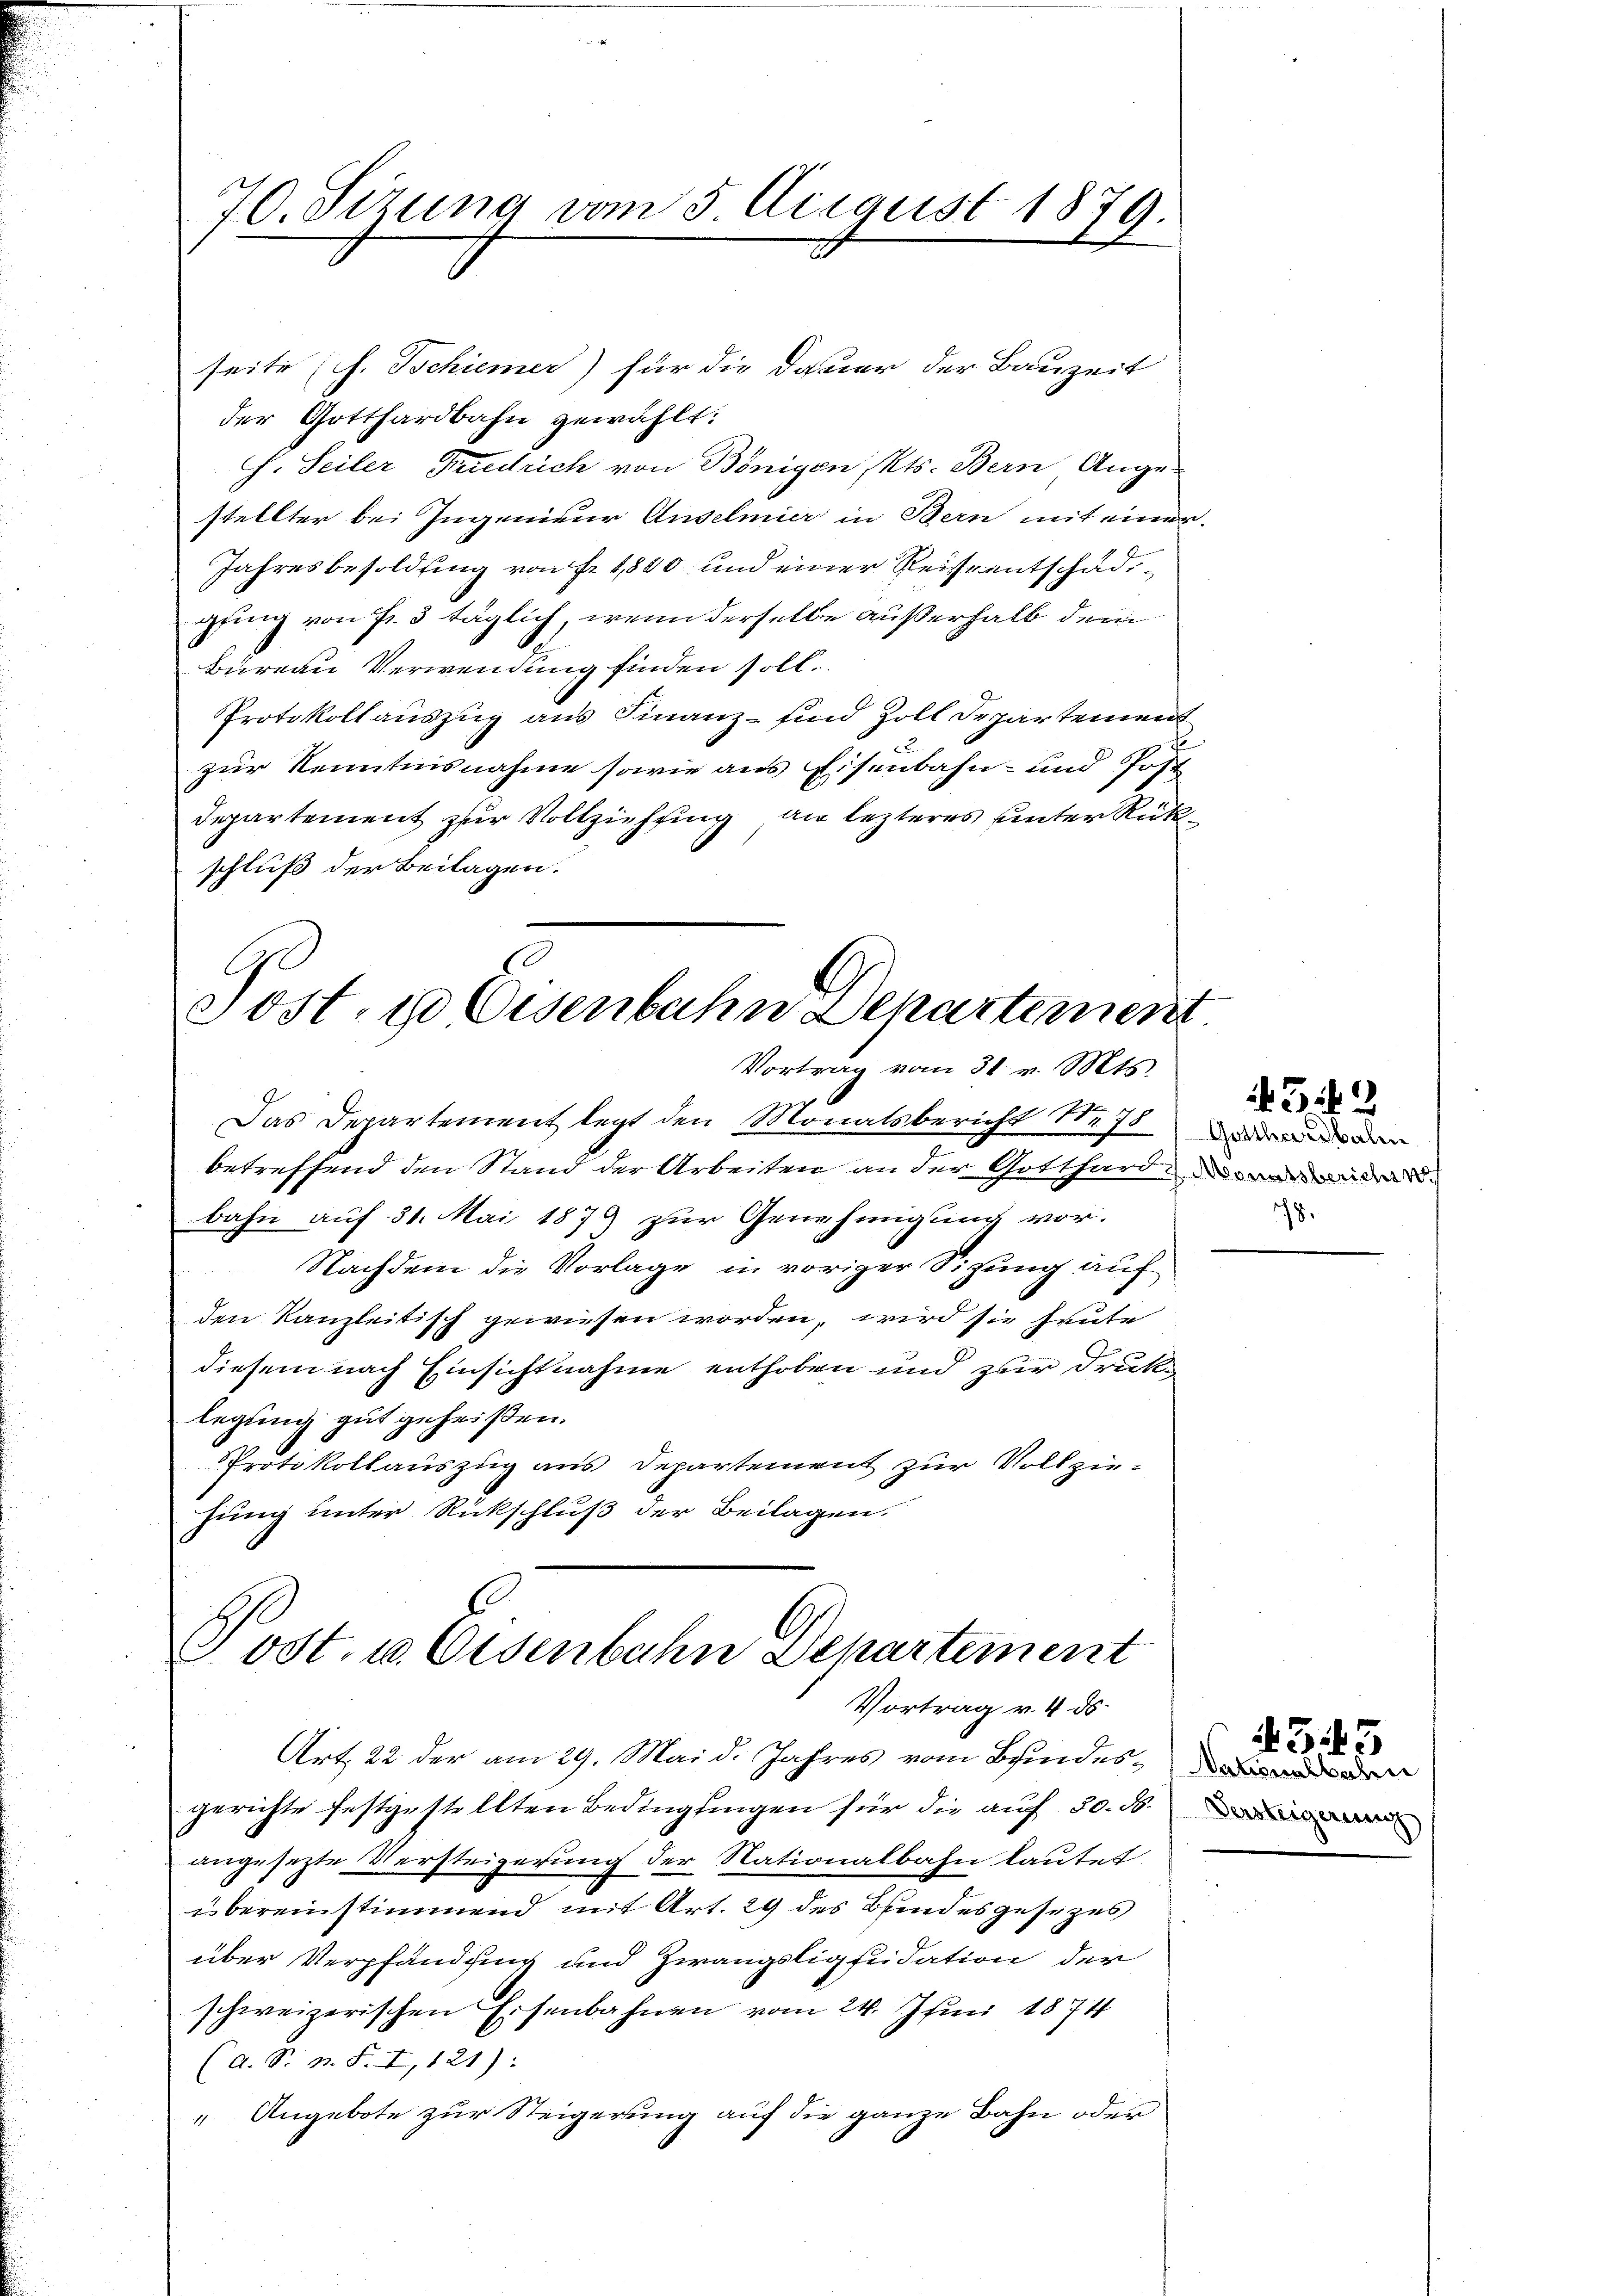
70. Sizung vom 5. August 1879.

seite (s. Tschiener) für die Dauer der Bauzeit
der Gotthardbahn gewählt:
h. Seiler Friedrich von Bönigen, Kts. Bern Ange-
stellter bei Ingenieur Anselmier in Bern mit einer
Jahresbesoldung von Fr. 1800 und einer Reise entschad,
gfing von Fr. 3 täglich, wenn derselbe außerhalb der
Bureau Verwendung finden soll.
Protokollauszug aus Finanz- sind Zoll Departement
zur Kenntnisnahme sowie aus Eisenbahn- und Post
Departement zur Vollziehung an lezteres unter Rückschluß der Beilagen.

Post, 1 Eisenbahn Departement
Vortrag vom 31. v. Mts.

Das Departement legt den Monatsbericht Nr. 78
betreffend den Stand der Arbeiten an der Gotthard
bahn auf 31. Mai 1879 zur Genehmigung vor.
Nachdem die Vorlage in voriger Sitzung auf
den Kanzleitisch gewiesen worden, wird sie heute
diesem nach Einsichtnahme enthoben und zur Druklegung gut geheißen.
Protokollauszug aus Departement zur Vollziehung unter Rückschluß der Beilagen.

Post. u. Eisenbahn Departement
Vortrag v. 4. ds.

Art. 22 der am 29. Mai d. Jahres vom Beindesgerichte festgestellten Bedingungen für die auf 50. 56.
angesetzte Versteigerung der Nationalbahn lautet
bereinstimmend mit Art. 29 des Bindesgesezes
über Verpfändung und Zwangsliquidation der
schweizerischen Eisenbahnen vom 24. Juni 1874
(A. S. n. F. I, 121):
" Angebote zur Steigerung auf die ganze Bahn oder

Gotthardbalen
198.

32

4343

Nationalbahn
Versteigerung